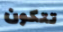
تتكون